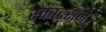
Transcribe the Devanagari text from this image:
स्काट्सने